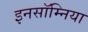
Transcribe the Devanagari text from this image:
इनसॉम्निया